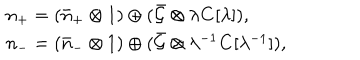
LaTeX: \begin{array} { l } { { n _ { + } = ( \bar { n } _ { + } \otimes 1 ) \oplus ( \bar { { \cal G } } \otimes \lambda { \bf C } [ \lambda ] ) , } } \\ { { n _ { - } = ( \bar { n } _ { - } \otimes 1 ) \oplus ( \bar { { \cal G } } \otimes \lambda ^ { - 1 } { \bf C } [ \lambda ^ { - 1 } ] ) , } } \\ \end{array}